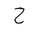
Letter: _ha